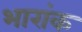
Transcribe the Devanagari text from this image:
भारांक